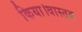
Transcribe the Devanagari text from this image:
किया।वास्तव